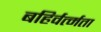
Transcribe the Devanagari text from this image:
बहिर्वर्त्मता